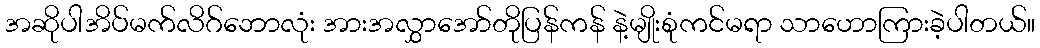
အဆိုပါအိပ်မက်လိဂ်ဘောလုံး အားအလွှာအော်တိုပြန်ကန် နဲ့မျိုးစုံကင်မရာ သာဟောကြားခဲ့ပါတယ်။